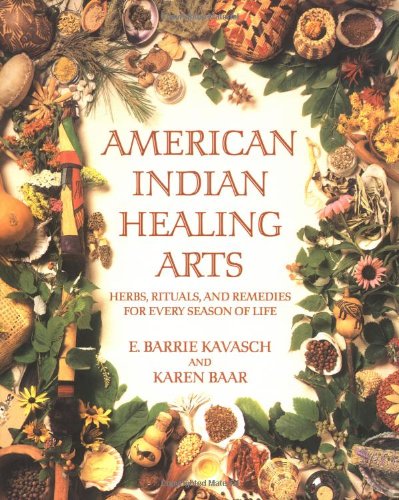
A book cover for American Indian Healing Arts: Herbs, Rituals, and Remedies for Every Season of Life; E. Barrie Kavasch; Self-Help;